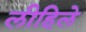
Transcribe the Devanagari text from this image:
लीहिले